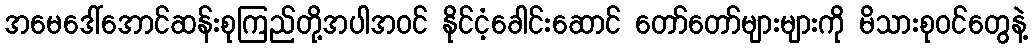
အမေဒေါ်အောင်ဆန်းစုကြည်တို့အပါအဝင် နိုင်ငံ့ခေါင်းဆောင် တော်တော်များများကို မိသားစုဝင်တွေနဲ့